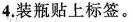
4.装瓶贴上标签。